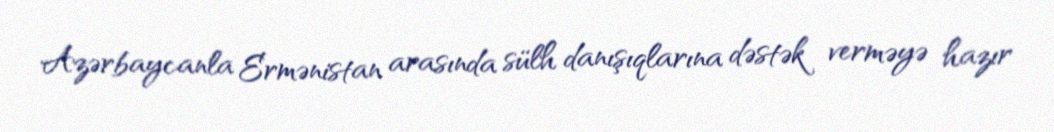
Azərbaycanla Ermənistan arasında sülh danışıqlarına dəstək verməyə hazır